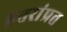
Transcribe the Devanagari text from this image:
इतरांप्रत